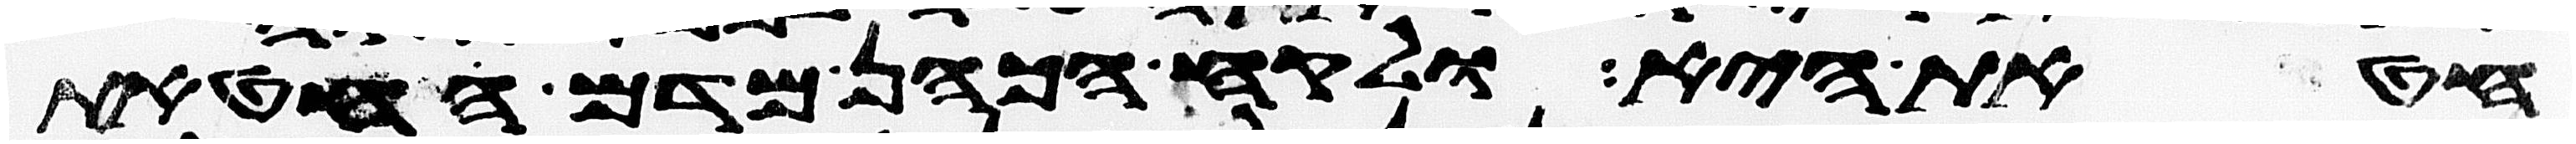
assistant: חטאת היא ולקח הכהן מדם החטאת